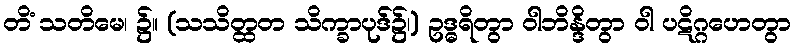
တိံ သတိမေ၊ ၌။ (သသိတ္ထတ သိက္ခာပုဒ်၌၊) ဥဒ္ဓရိတွာ ဝါဘိန္ဒိတွာ ဝါ ပဋိဂ္ဂဟေတွာ